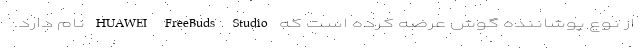
از نوع پوشاننده گوش عرضه کرده است که HUAWEI FreeBuds Studio نام دارد.